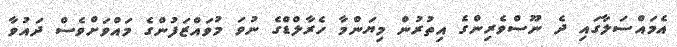
އެމައްސަލާގައި ދެ ނޫސްވެރިންގެ އިތުރުން މިޔަންމާ ހެރާލްޑްގެ ނުވަ މުވައްޒަފުންގެ މައްވަށްވެސް ދައުވާ